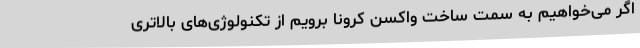
اگر می‌خواهیم به سمت ساخت واکسن کرونا برویم از تکنولوژی‌های بالاتری